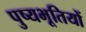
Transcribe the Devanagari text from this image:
पुष्यभूतियों